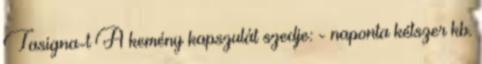
Tasigna-t A kemény kapszulát szedje: - naponta kétszer kb.